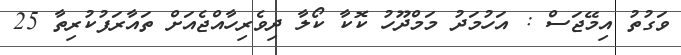
ވަގުތު އިމޭޖަސް : އަހުމަދު މަމްދޫހު ކޮކާ ކޯލާ ދިވެރިހާއްޖެއަށް ތައާރަފުކުރިތާ 25